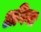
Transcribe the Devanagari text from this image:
अगिया